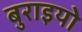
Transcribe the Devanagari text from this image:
बुराइयो